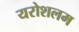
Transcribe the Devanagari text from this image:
यरोशलम